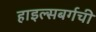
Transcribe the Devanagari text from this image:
हाइल्सबर्गची